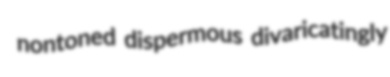
nontoned dispermous divaricatingly